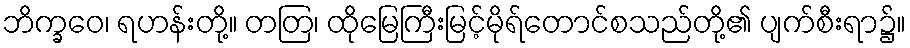
ဘိက္ခဝေ၊ ရဟန်းတို့။ တတြ၊ ထိုမြေကြီးမြင့်မိုရ်တောင်စသည်တို့၏ ပျက်စီးရာ၌။